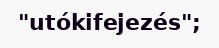
"utókifejezés";